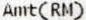
AMT(RM)